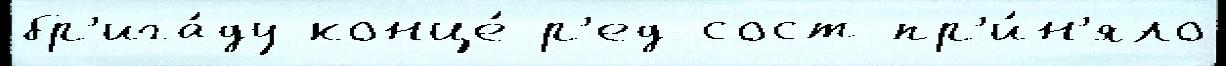
бр'ига́ду конце́ р'ед-сост пр'и́н'яло